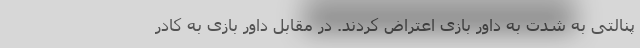
پنالتی به شدت به داور بازی اعتراض کردند. در مقابل داور بازی به کادر